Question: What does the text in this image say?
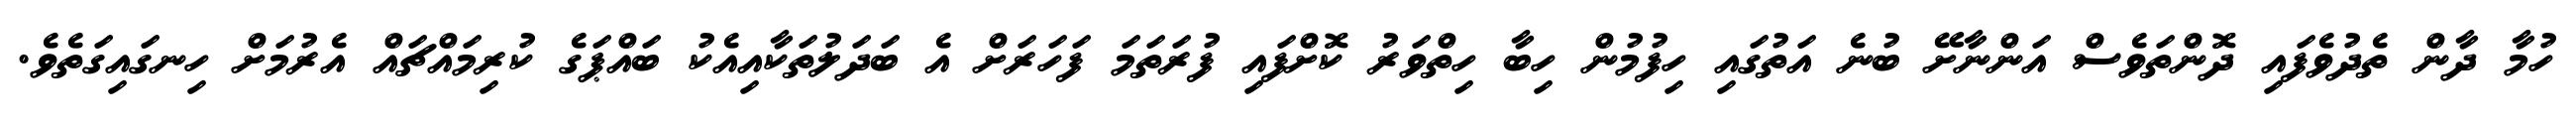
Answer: ހުމާ ދާން ތެދުވެފައި ދޮންތަވެސް އަންނާށޭ ބުނެ އަތުގައި ހިފުމުން ހިބާ ހިތްވަރު ކޮށްފައި ފުރަތަމަ ފަހަރަށް އެ ބަދަލުތަކާއިއެކު ބައްޕަގެ ކުރިމައްޗައް އެރުމަށް ހިނގައިގަތެވެ.